Annual administration report of the Civil Veterinary Department, Sind - 1939-1940
Year: 1939
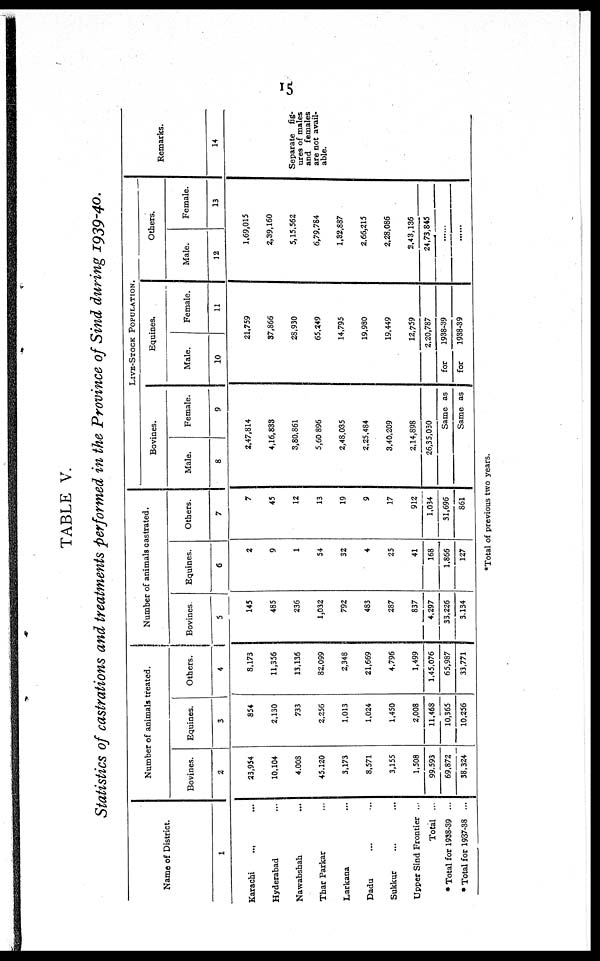
15
TABLE V.
Statistics of castrations and treatments performed in the Province of Sind during 1939-40.
Name of District.
1
Karachi
... ...
Hyderabad ...
Nawabshah ...
Thar Parkar ...
Larkana ...
Dadu ... ...
Sukkur ... ...
Upper Sind Frontier ...
Total ...
* Total for 1938-39 ...
* Total for 1937-38 ...
Number of animals treated.
Bovines.
2
23,954
10,104
4,008
45,120
3,173
8,571
3,155
1,508
99,593
69,872
38,324
Equines.
3
854
2,130
733
2,256
1,013
1,024
1,450
2,008
11,468
10,365
10,256
Others.
4
8,173
11,356
13,136
82,099
2,348
21,669
4,796
1,499
1,45,076
65,987
33,771
Number of animals castrated.
Bovines
5
145
485
236
1,032
792
483
287
837
4,297
33,226
3,134
Equines.
6
2
9
1
54
32
4
25
41
168
1,866
127
Others.
7
7
45
12
13
19
9
17
912
1,034
31,696
861
LIVE-STOCK POPULATION.
Bovines.
Male.
8
Female.
9
2,47,814
4,16,833
3,80,861
5,60 896
2,48,035
2,25,484
3,40,209
2,14,898
26,35,030
Same as
Same as
Equines.
Male.
10
Female.
11
21,759
37,866
28,930
65,249
14,795
19,980
19,449
12,759
2,20,787
for
1938-39
for
1938-39
Others.
Male.
12
Female.
13
1,69,015
2,39,160
5,15,562
6,79,784
1,32,887
2,66,215
2,28,086
2,43,136
24,73,845
.....
.....
Remarks.
14
Separate fig-
ures of males
and females
are not avail-
able.
*Total of previous two years.